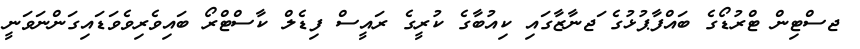
ޖސްޓިން ޓްރުޑޯގެ ބައްފާޕުޅުގެ ަޖނާޒާގައި ކިއުބާގެ ކުރީގެ ރައީސް ފިޑެލް ކާސްޓްރޯ ބައިވެރިވެވަޑައިގަންނަވަނީ